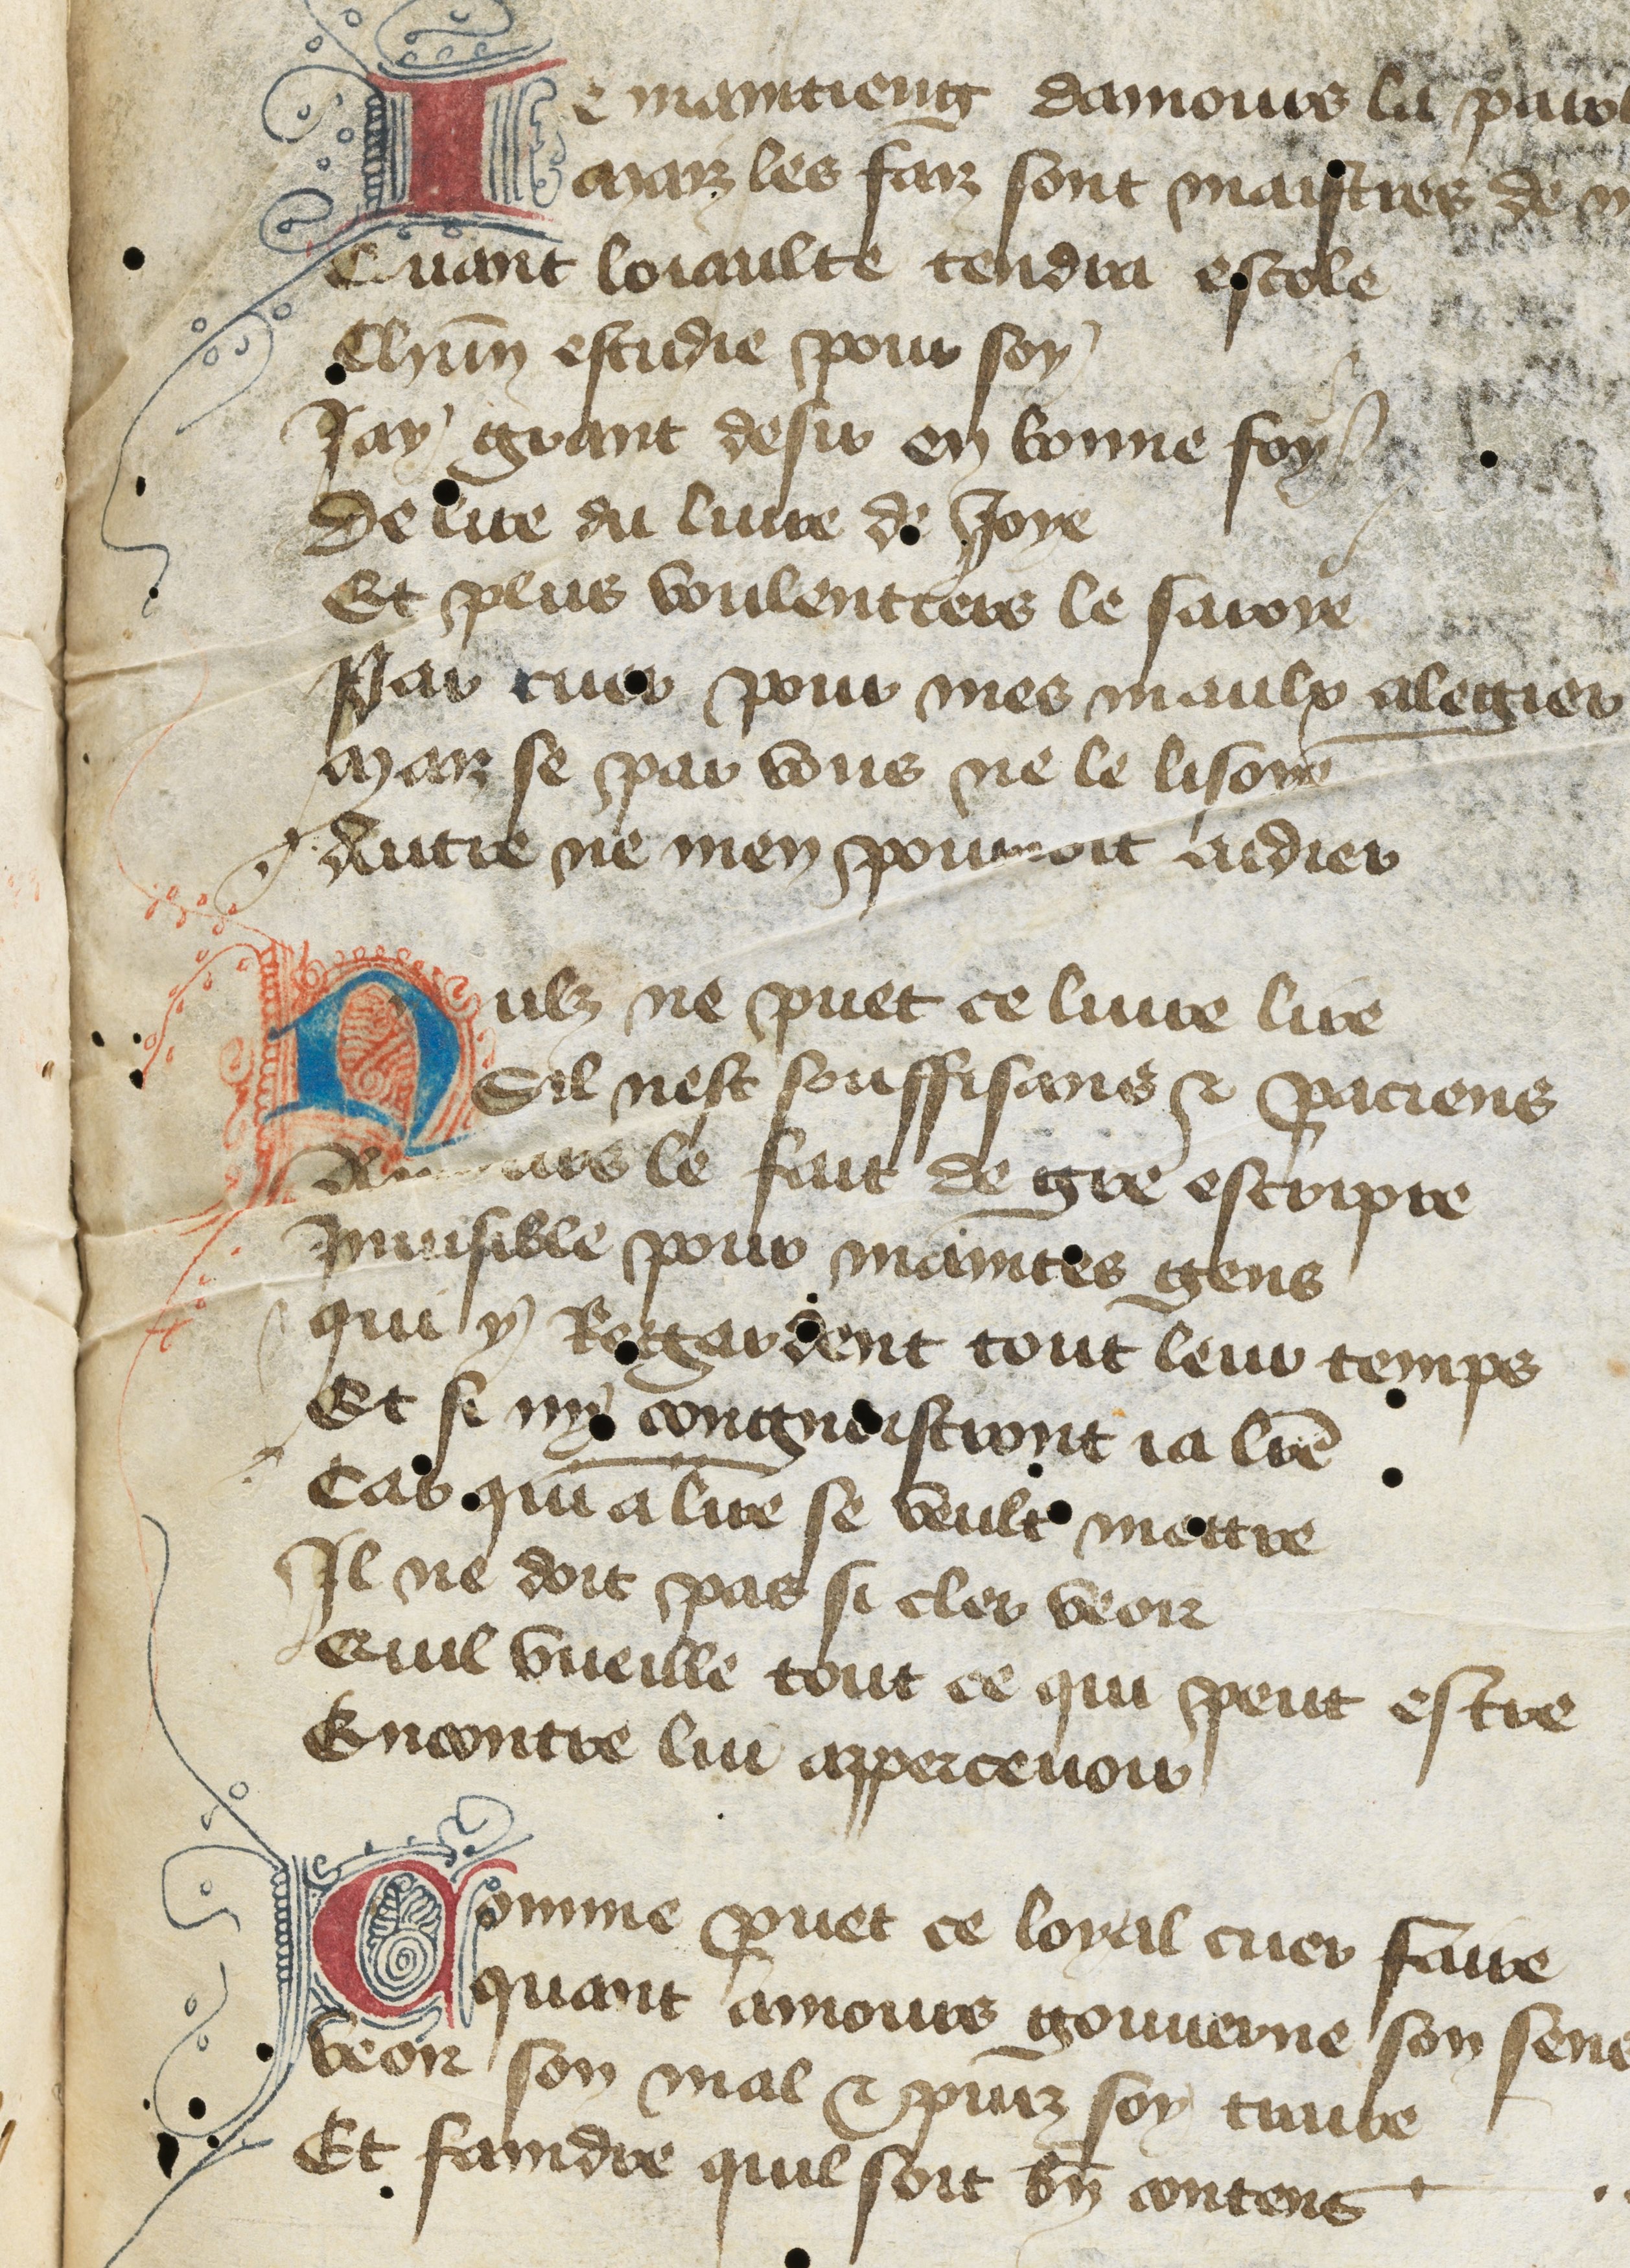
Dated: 1400–1432